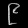
Digit: ၉